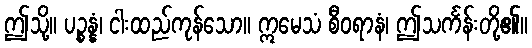
ဤသို့။ ပဉ္စန္နံ၊ ငါးထည်ကုန်သော။ ဣမေသံ စီဝရာနံ၊ ဤသင်္ကန်းတို့၏။